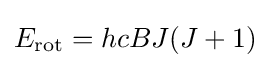
E_{\text{rot}}=hcBJ(J+1)